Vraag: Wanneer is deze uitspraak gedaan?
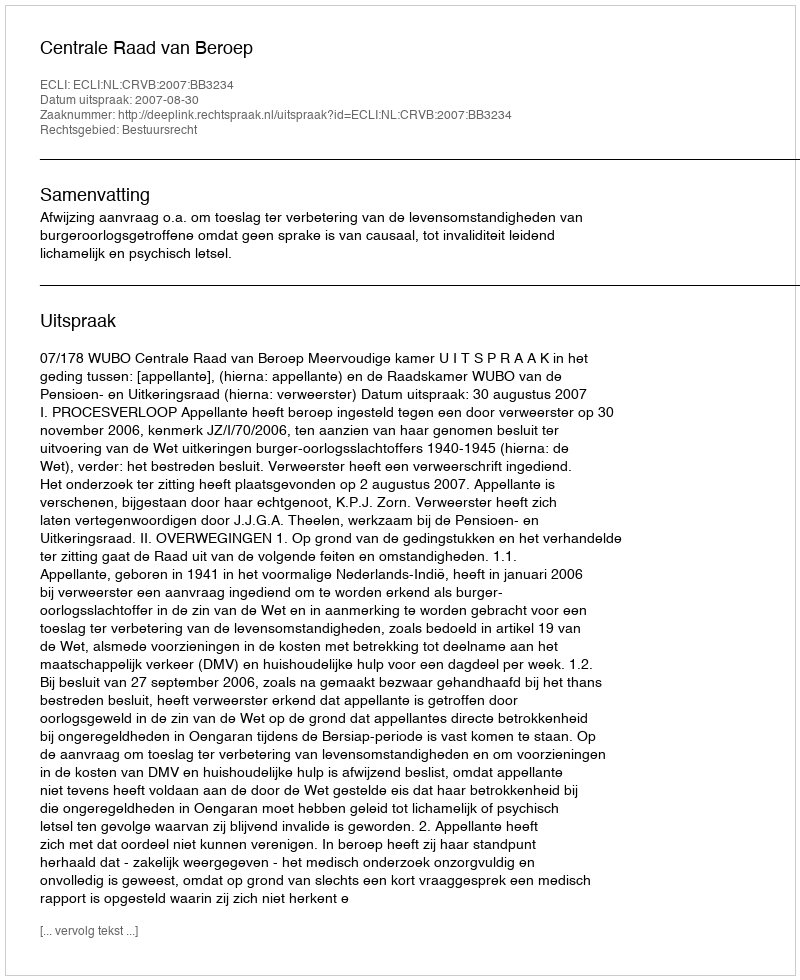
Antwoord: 2007-08-30